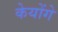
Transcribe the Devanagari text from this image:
केयोंगे